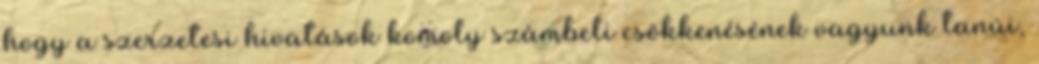
hogy a szerzetesi hivatások komoly számbeli csökkenésének vagyunk tanúi,